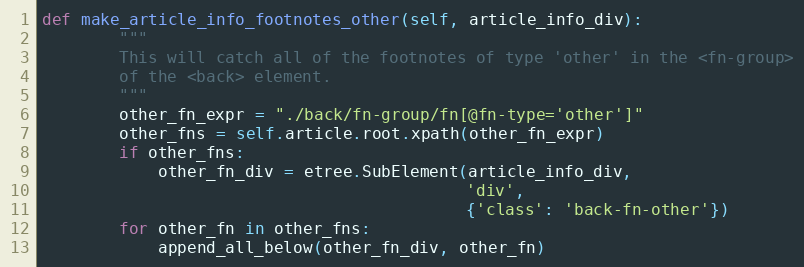
Language: Python
def make_article_info_footnotes_other(self, article_info_div):
        """
        This will catch all of the footnotes of type 'other' in the <fn-group>
        of the <back> element.
        """
        other_fn_expr = "./back/fn-group/fn[@fn-type='other']"
        other_fns = self.article.root.xpath(other_fn_expr)
        if other_fns:
            other_fn_div = etree.SubElement(article_info_div,
                                            'div',
                                            {'class': 'back-fn-other'})
        for other_fn in other_fns:
            append_all_below(other_fn_div, other_fn)